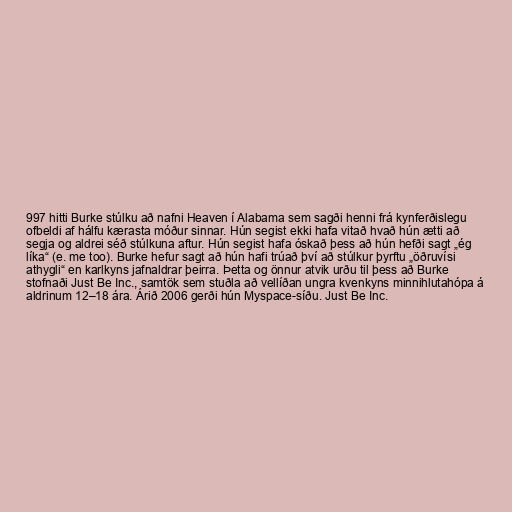
997 hitti Burke stúlku að nafni Heaven í Alabama sem sagði henni frá kynferðislegu
ofbeldi af hálfu kærasta móður sinnar. Hún segist ekki hafa vitað hvað hún ætti að
segja og aldrei séð stúlkuna aftur. Hún segist hafa óskað þess að hún hefði sagt „ég
líka“ (e. me too). Burke hefur sagt að hún hafi trúað því að stúlkur þyrftu „öðruvísi
athygli“ en karlkyns jafnaldrar þeirra. Þetta og önnur atvik urðu til þess að Burke
stofnaði Just Be Inc., samtök sem stuðla að vellíðan ungra kvenkyns minnihlutahópa á
aldrinum 12–18 ára. Árið 2006 gerði hún Myspace-síðu. Just Be Inc.